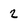
Character: 2